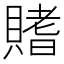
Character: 𫎟